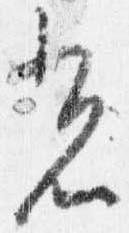
光